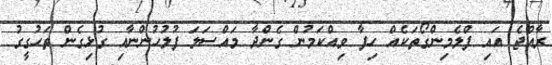
ރާއްޖެ އައި ފްލެމިންގޯތަކެއް ހިފާ ވިއްކަމުން ގެންދާ މައްސަލަ ފުލުހުންނާއި ގުޅިގެން ތަހުގީގު